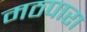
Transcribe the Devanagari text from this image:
मठपारा